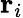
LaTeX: \textbf{r}_{i}